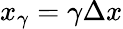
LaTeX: x_{\gamma}=\gamma\Delta{}x